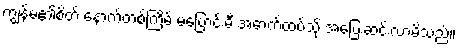
ကျွန်မ၏စိတ် နောက်တစ်ကြိမ် မပြောင်းမီ အောက်ထပ်သို့ အပြေးဆင်းလာမိသည်။